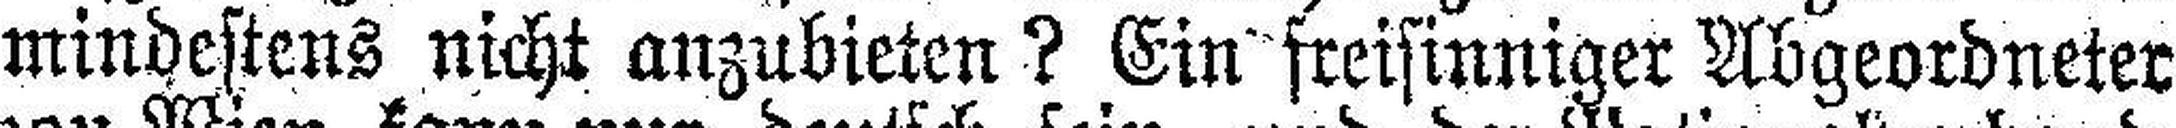
mindestens nicht anzubieten ? Ein freisinniger Abgeordneter